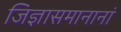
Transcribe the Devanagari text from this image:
जिज्ञासमानानां